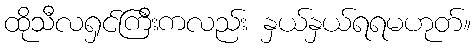
ထိုသီလရှင်ကြီးကလည်း နှယ်နှယ်ရရမဟုတ်။